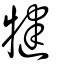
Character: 㓺